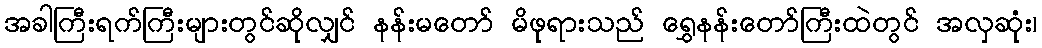
အခါကြီးရက်ကြီးများတွင်ဆိုလျှင် နန်းမတော် မိဖုရားသည် ရွှေနန်းတော်ကြီးထဲတွင် အလှဆုံး၊